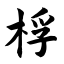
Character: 桴